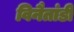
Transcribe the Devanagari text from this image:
विनैतांडी